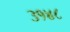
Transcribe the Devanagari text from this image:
३१४८